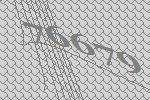
76679